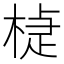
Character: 𣕹